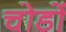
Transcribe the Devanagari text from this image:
चोडों